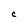
Character: C